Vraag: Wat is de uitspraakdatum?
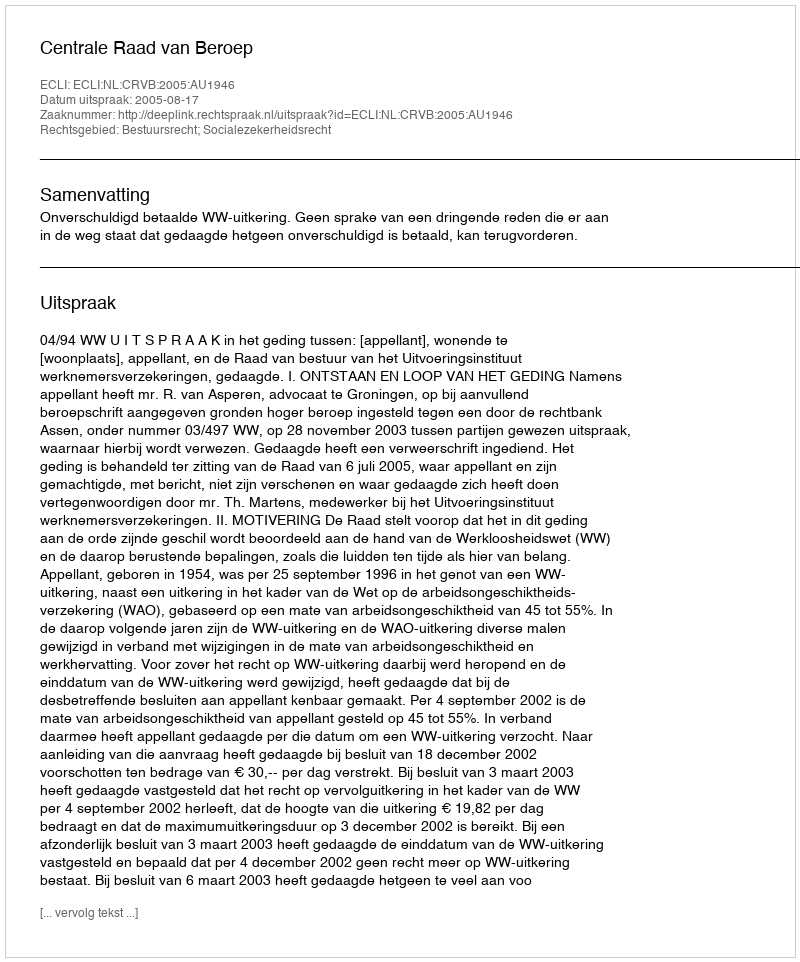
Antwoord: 2005-08-17